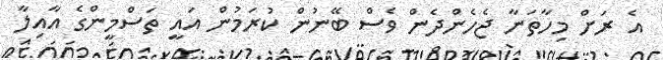
އެ ރަށް މިހާތަނާ ޖެހެންދެން ވެސް ބޭނުން ކުރަމުން އައީ ތަސްމީންގެ އާއިލާ